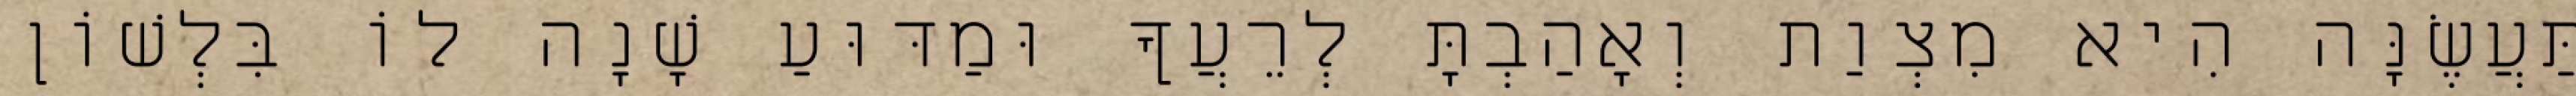
תַּעֲשֶׂנָּה הִיא מִצְוַת וְאָהַבְתָּ לְרֵעֲךָ וּמַדּוּעַ שָׁנָה לוֹ בִּלְשׁוֹן